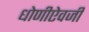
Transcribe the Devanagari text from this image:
धोणीऐवजी